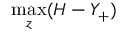
\operatorname* { m a x } _ { z } ( H - Y _ { + } )